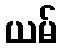
ယမ်